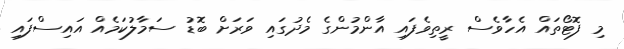
މި ފޮޓޯތައް އެހާވެސް ރީތިވެފައި އާންމުންގެ މެދުގައި ވަރަށް ބޮޑު ސަމާލުކަމެއް އައިސްފައި